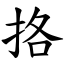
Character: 挌